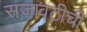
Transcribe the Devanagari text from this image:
सजावटीची